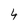
Character: 4